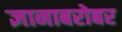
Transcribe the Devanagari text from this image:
ज्ञानाबरोबर